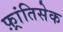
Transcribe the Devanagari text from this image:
फ़्रांतिसेक